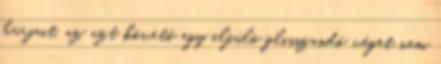
húrjait, az azt követő egy elfúló glisszandó véget nem